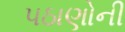
પઠાણોની